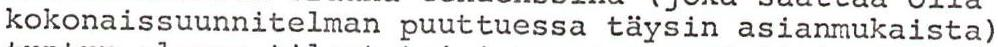
kokonaissuunnitelman puuttuessa täysin asianmukaista)